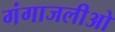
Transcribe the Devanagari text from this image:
गंगाजलीओ